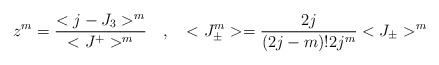
\begin{align*}z^{m} = \frac{< j - J_{3} >^{m}}{< J^{+}>^{m}} \quad , \quad < J_{\pm}^{m} > =\frac{2j}{(2 j- m) ! 2 j^{m}} < J_{\pm}>^{m}\end{align*}